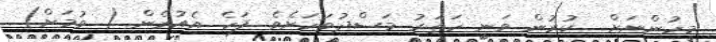
މީހުންނަށް  ކުރުން ވަނީ ހަތަރު މަސްދުވަހަށެވެ. ފަހެ އެއުރެން ( ވުމަށް)